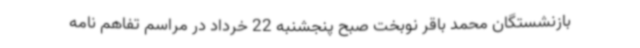
بازنشستگان محمد باقر نوبخت صبح پنجشنبه 22 خرداد در مراسم تفاهم نامه